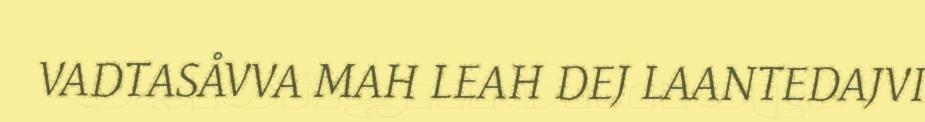
VADTASÅVVA MAH LEAH DEJ LAANTEDAJVI